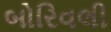
બોરિવલી